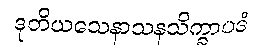
ဒုတိယသေနာသနသိက္ခာပဒံ